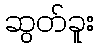
ဆွတ်ခူး